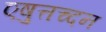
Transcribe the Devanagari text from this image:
एषुत्तच्दन